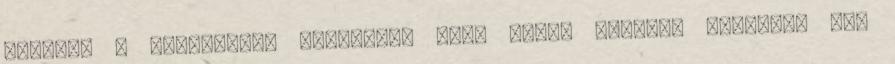
kiürült a sürgősségi korterem, csak nekem kellett kivárni, míg